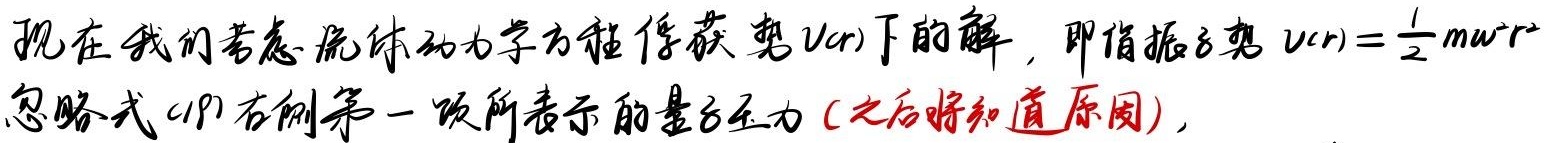
现在我们考虑流体动力学方程俘获势\(V(r)\)下的解，即谐振子势\(V(r)=\frac{1}{2}m\omega^2r^2\)。忽略式(1)右侧第一项所表示的量子压力(之后将知道原因)。